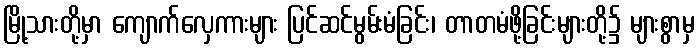
မြို့သားတို့မှာ ကျောက်လှေကားများ ပြင်ဆင်မွမ်းမံခြင်း၊ တာတမံဖို့ခြင်းများတို့၌ များစွာမှ